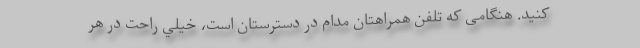
کنید. هنگامی که تلفن همراهتان مدام در دسترستان است، خيلي راحت در هر